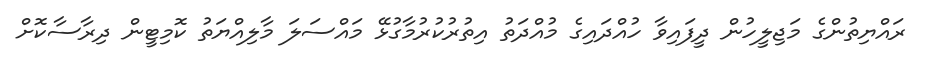
ރައްޔިތުންގެ މަޖިލީހުން ދީފައިވާ ހުއްދައިގެ މުއްދަތު އިތުރުކުރުމާގުޅޭ މައްސަލަ މާލިއްޔަތު ކޮމިޓީން ދިރާސާކޮށް